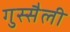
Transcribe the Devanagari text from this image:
गुस्सैली